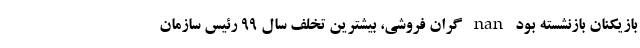
بازیکنان بازنشسته بود nan گران‌ فروشی، بیشترین تخلف سال ۹۹ رئیس سازمان